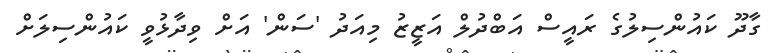
ގާދޫ ކައުންސިލުގެ ރައީސް އަބްދުލް އަޒީޒު މިއަދު 'ސަން' އަށް ވިދާޅުވީ ކައުންސިލަށް